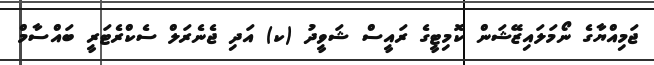
ޖަމިއްޔާގެ ނޯމަލައިޒޭޝަން ކޮމިޓީގެ ރައީސް ޝަވީދު (ކ) އަދި ޖެނެރަލް ސެކްރެޓަރީ ބައްސާމް